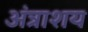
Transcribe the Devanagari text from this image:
अंत्राशय